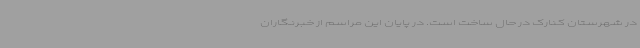
در شهرستان کنارک در حال ساخت است. در پایان این مراسم از خبرنگاران